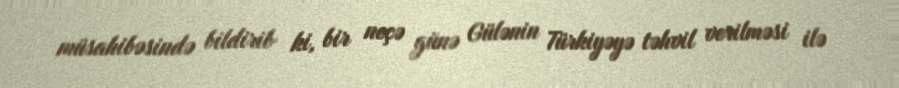
müsahibəsində bildirib ki, bir neçə günə Gülənin Türkiyəyə təhvil verilməsi ilə